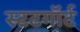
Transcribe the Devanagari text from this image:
स्टटगॉर्ट